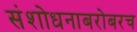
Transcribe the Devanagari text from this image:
संशोधनाबरोबरच